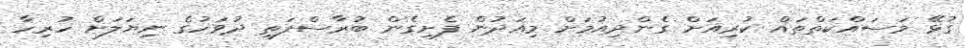
ގުޅޭ މަސައްކަތްތައް ކުރިއަށް ގެންދިއުމަށް މިއަދުން ފެށިގެން ބުރާސްފަތި ދުވަހުގެ ނިޔަލަށް ހުރިހާ